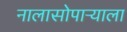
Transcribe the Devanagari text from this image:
नालासोपाऱ्याला